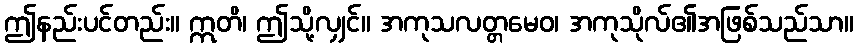
ဤနည်းပင်တည်း။ ဣတိ၊ ဤသို့လျှင်။ အကုသလတ္တမေဝ၊ အကုသိုလ်၏အဖြစ်သည်သာ။